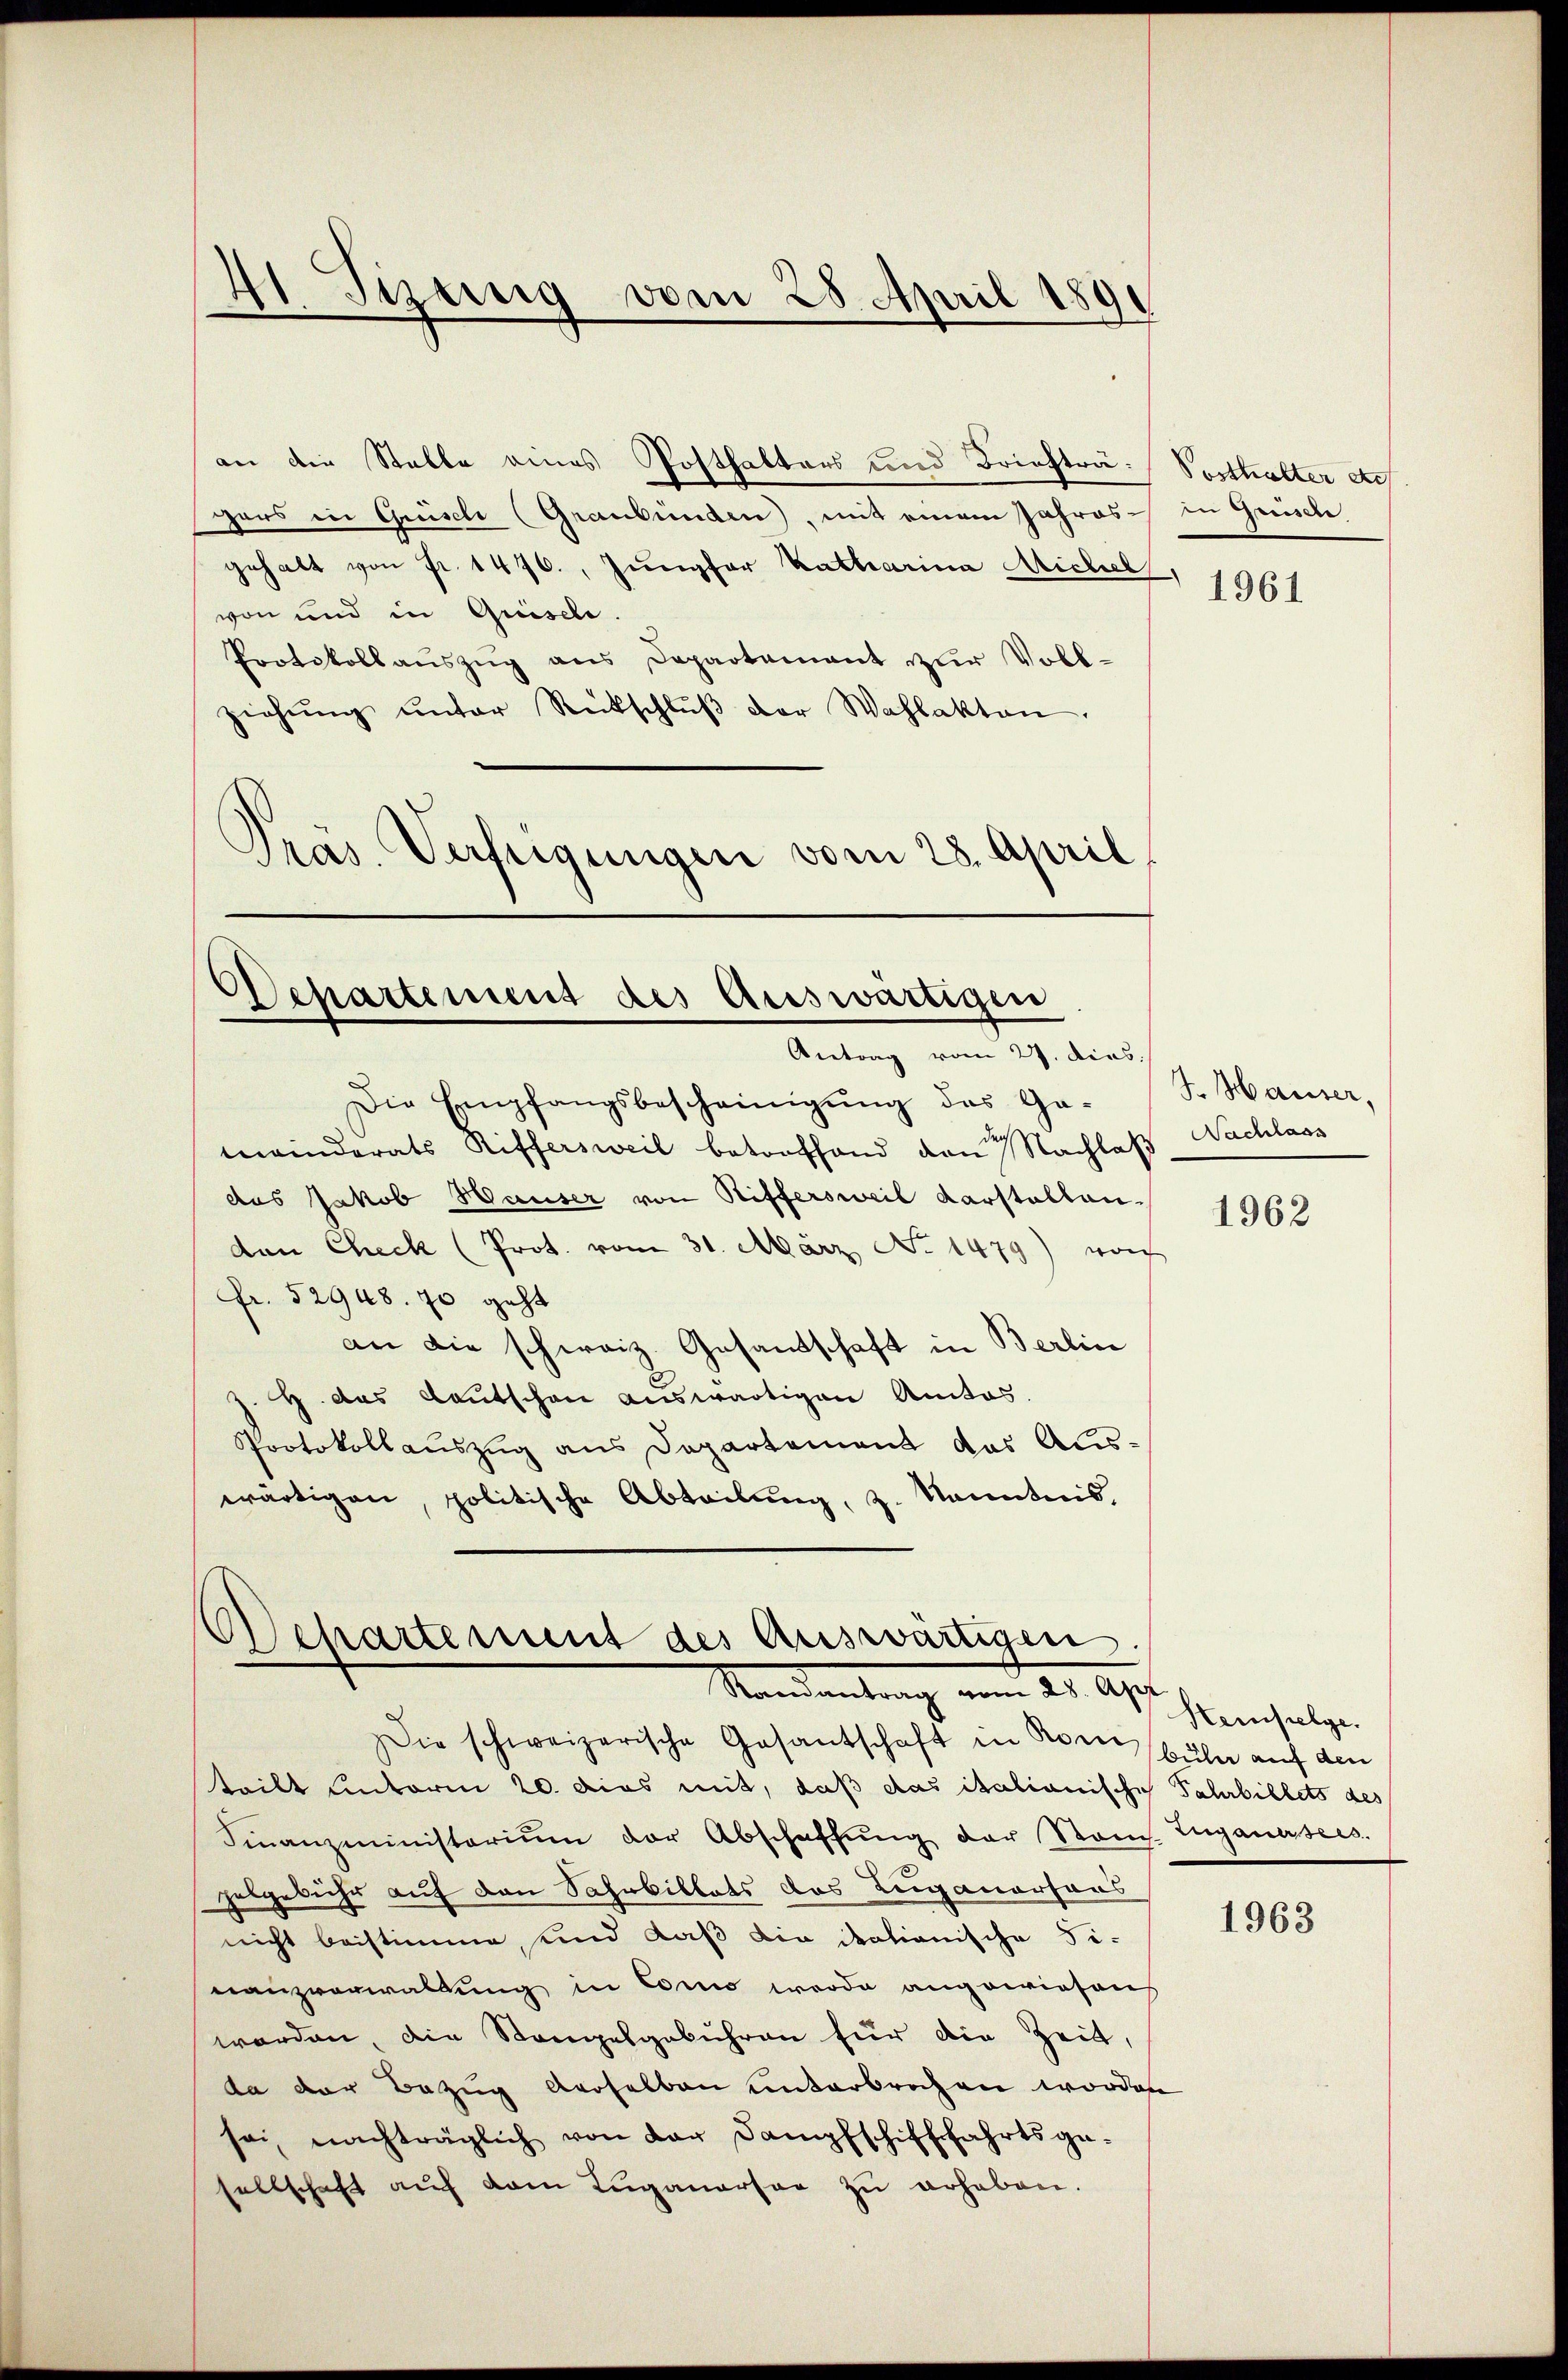
gers in Grisch (Graubünden, mit einem Jahres in Grisch
gehalt von Fr. 1476. Jungfer Katharina Michel
von und in Quische.
Protokollaŭszŭg ans Departement zur Voll-
ziehŭng ŭnter Rückschlŭβ der Wahlakten.
Präs. Verfügungen vom 28. April

4 Jizung vom 28. April 189

Die Empfangsbescheinigŭng das Ga-
meinderats Riffersweil betonfhand von Nachlaß Nachlass
das Jakob Hauser von Riffersweil Karstellanden Check (Prot. vom 31. März No. 1479) von
Fr. 52948. 70 geht
an die schweiz. Gesandschaft in Berlin
H. das Kautschon auswärtigen Anitas.
Protokollauszug aus Departement das Auswärtigen, politische Abteilung, z. Kenntnis,

an die Stelle eines Posthalters und Briefträ-Posthalter de

Departement des Auswärtigen
Antrag vom 27. dies

ehartement des Auswärtigen
Randantrag vom 25. Apr

Die schweizerische Gesantschaft in Korn, Büler auf den
teilt unterm 20. dies mit, daß das italianische Fahrbillets des
Finanzministerium der Abschaffŭng der Stand. Zuganates.
helgebühr auf den Sahrbillets das Luganersaus
nicht beistimme, und daß die dationische Fi-
nanzverwaltung in Como werde angewiesens
worden, die Stangelgebühren für die Zeit,
da der Bezug derselben unterbrochen worden
sei, nachträglich von der Dampfschifffahrtsge-
sellschaft aŭf dem Luganersee zŭ erhaben.

1961

F. Hauser,

1962

Heifolge.

1963